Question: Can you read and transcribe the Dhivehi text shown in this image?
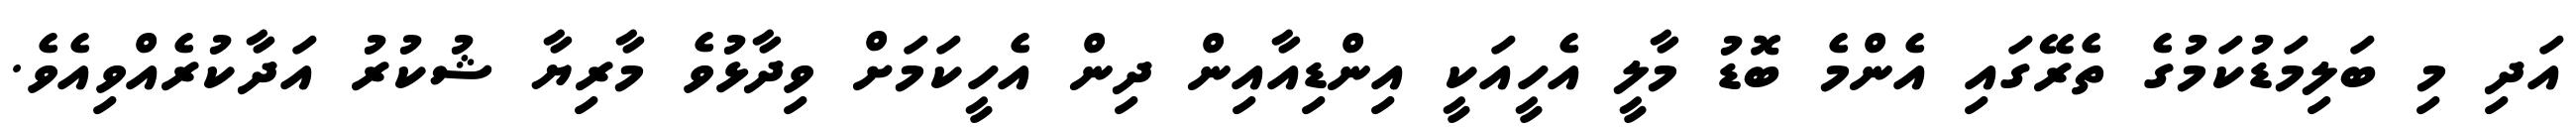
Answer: އަދި މި ބަލިމަޑުކަމުގެ ތެރޭގައި އެންމެ ބޮޑު މާލީ އެހީއަކީ އިންޑިއާއިން ދިން އެހީކަމަށް ވިދާޅުވެ މާރިޔާ ޝުކުރު އަދާކުރެއްވިއެވެ.